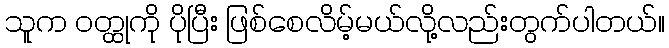
သူက ဝတ္ထုကို ပိုပြီး ဖြစ်စေလိမ့်မယ်လို့လည်းတွက်ပါတယ်။